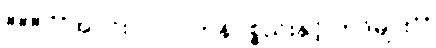
### **အပိုင်း (၇) - ကုန်ပစ္စည်းနှင့် ကုဒ်များ**